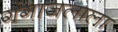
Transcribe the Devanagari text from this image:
गंगाजलाला